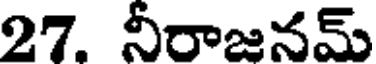
27. నీరాజనమ్